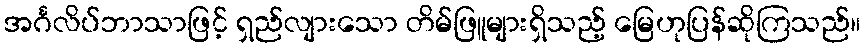
အင်္ဂလိပ်ဘာသာဖြင့် ရှည်လျားသော တိမ်ဖြူများရှိသည့် မြေဟုပြန်ဆိုကြသည်။